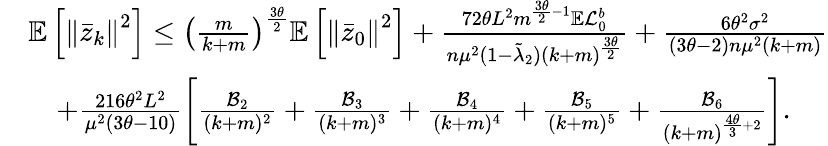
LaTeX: \begin{array}{rl}&{\mathbb{E}\left[\left\Vert\bar{z}_{k}\right\Vert^{2}\right]\leq\left(\frac{m}{k+m}\right)^{\frac{3\theta}{2}}\mathbb{E}\left[\left\Vert\bar{z}_{0}\right\Vert^{2}\right]+\frac{72\theta L^{2}m^{\frac{3\theta}{2}-1}\mathbb{E}\mathcal{L}_{0}^{b}}{n\mu^{2}(1-\tilde{\lambda}_{2})(k+m)^{\frac{3\theta}{2}}}+\frac{6\theta^{2}\sigma^{2}}{(3\theta-2)n\mu^{2}(k+m)}}\\ &{\quad+\frac{216\theta^{2}L^{2}}{\mu^{2}(3\theta-10)}\left[\frac{\mathcal{B}_{2}}{(k+m)^{2}}+\frac{\mathcal{B}_{3}}{(k+m)^{3}}+\frac{\mathcal{B}_{4}}{(k+m)^{4}}+\frac{\mathcal{B}_{5}}{(k+m)^{5}}+\frac{\mathcal{B}_{6}}{(k+m)^{\frac{4\theta}{3}+2}}\right].}\end{array}